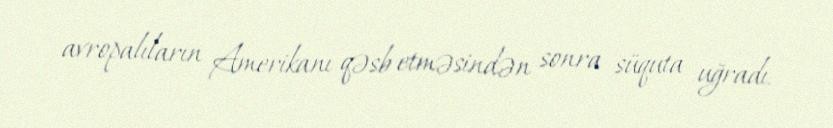
avropalıların Amerikanı qəsb etməsindən sonra süquta uğradı.